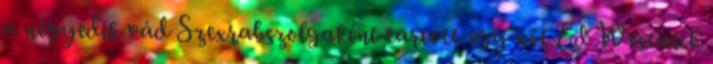
a negyedik vád Szexrabszolgaként tartott egy nőt Ed Westwick